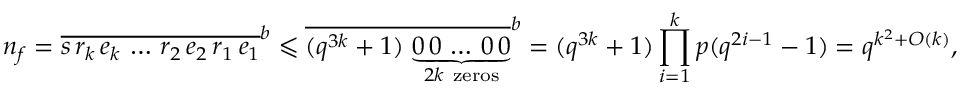
n _ { f } = \overline { { s \, r _ { k } \, e _ { k } \, \ldots \, r _ { 2 } \, e _ { 2 } \, r _ { 1 } \, e _ { 1 } } } ^ { \boldsymbol { b } } \leqslant \overline { { ( q ^ { 3 k } + 1 ) \, \underbrace { 0 \, 0 \, \ldots \, 0 \, 0 } _ { 2 k \mathrm { ~ z e r o s } } } } ^ { \boldsymbol { b } } = ( q ^ { 3 k } + 1 ) \prod _ { i = 1 } ^ { k } p ( q ^ { 2 i - 1 } - 1 ) = q ^ { k ^ { 2 } + O ( k ) } ,